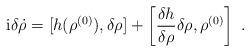
LaTeX: \begin{align*}{\rm i} \delta \dot{\rho} = [h(\rho^{(0)}),\delta \rho]+ \left[ \frac{\delta h}{\delta \rho} \delta \rho , \rho^{(0)}\right] \ .\end{align*}